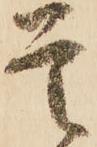
首